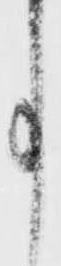
事